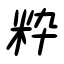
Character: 粋